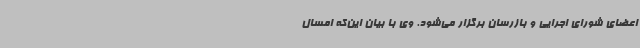
اعضای شورای اجرایی و بازرسان برگزار می‌شود. وی با بیان این‌که امسال